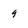
Character: 9